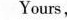
Yours,